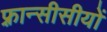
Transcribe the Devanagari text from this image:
फ़्रान्सीसीयों